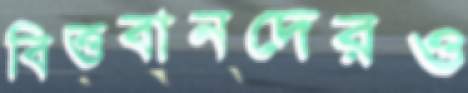
বিত্তবানদেরও